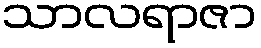
သာလရာဇာ